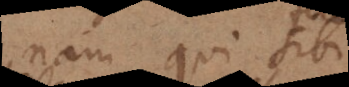
nam qui sibi